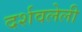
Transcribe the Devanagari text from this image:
दर्शवलेली